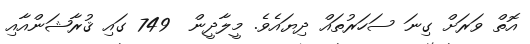
އޮތް ވަރަށް ގިނަ ސަހަރުތައް ދިޔައެވެ. މީލާދީން  749 ގައި ޤުރާޝަންއާއި